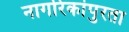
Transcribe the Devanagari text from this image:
नागरिकांपुरता